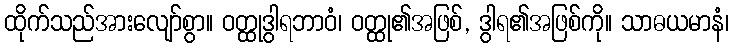
ထိုက်သည်အားလျော်စွာ။ ဝတ္ထုဒွါရဘာဝံ၊ ဝတ္ထု၏အဖြစ်, ဒွါရ၏အဖြစ်ကို။ သာဓယမာနံ၊